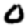
Digit: 0